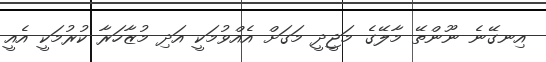
އިނގޭނެ ނޫންތޭ މާލޭގެ މަޖީދީ މަގަށް އެެއްވުމަކީ އަދި މުޒާހަރާ ކުރުުމަކީ އެއީ